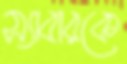
স্যাবারকে